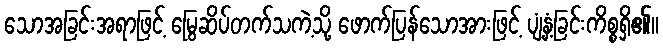
သောအခြင်းအရာဖြင့် မြွေဆိပ်တက်သကဲ့သို့ ဖောက်ပြန်သောအားဖြင့် ပျံ့နှံ့ခြင်းကိစ္စရှိ၏။